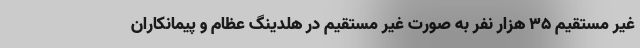
غیر مستقیم 35 هزار نفر به صورت غیر مستقیم در هلدینگ عظام و پیمانکاران